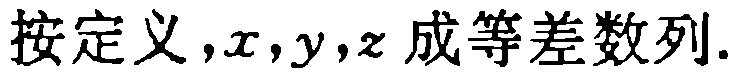
按定义，\(x,y,z\)成等差数列.